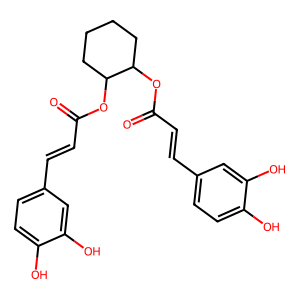
SMILES: O=C(C=Cc1ccc(O)c(O)c1)OC1CCCCC1OC(=O)C=Cc1ccc(O)c(O)c1
Inhibits HIV replication: No